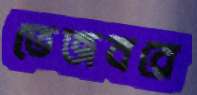
তেজবরে